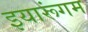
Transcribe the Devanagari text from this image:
इयारूंगम